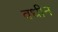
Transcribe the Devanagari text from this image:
वधीन